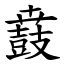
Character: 鼖